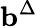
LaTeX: \mathbf{b}^{\Delta}